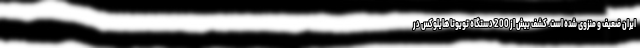
ایران ضعیف و منزوی شده است. کشف بیش از 200 دستگاه تویوتا هایلوکس در